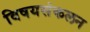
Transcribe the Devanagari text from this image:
विषयसंकलन